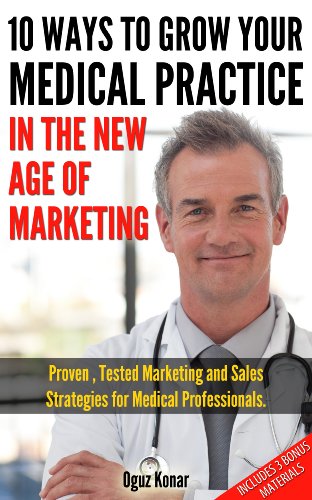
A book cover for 10 Ways To Grow Your Practice In The New Age Of Marketing; Oguz Konar; Medical Books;